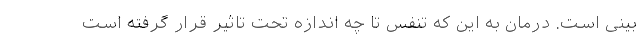
بینی است. درمان به این که تنفس تا چه اندازه تحت تاثیر قرار گرفته است